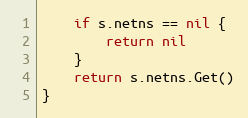
Language: Go
	if s.netns == nil {
		return nil
	}
	return s.netns.Get()
}